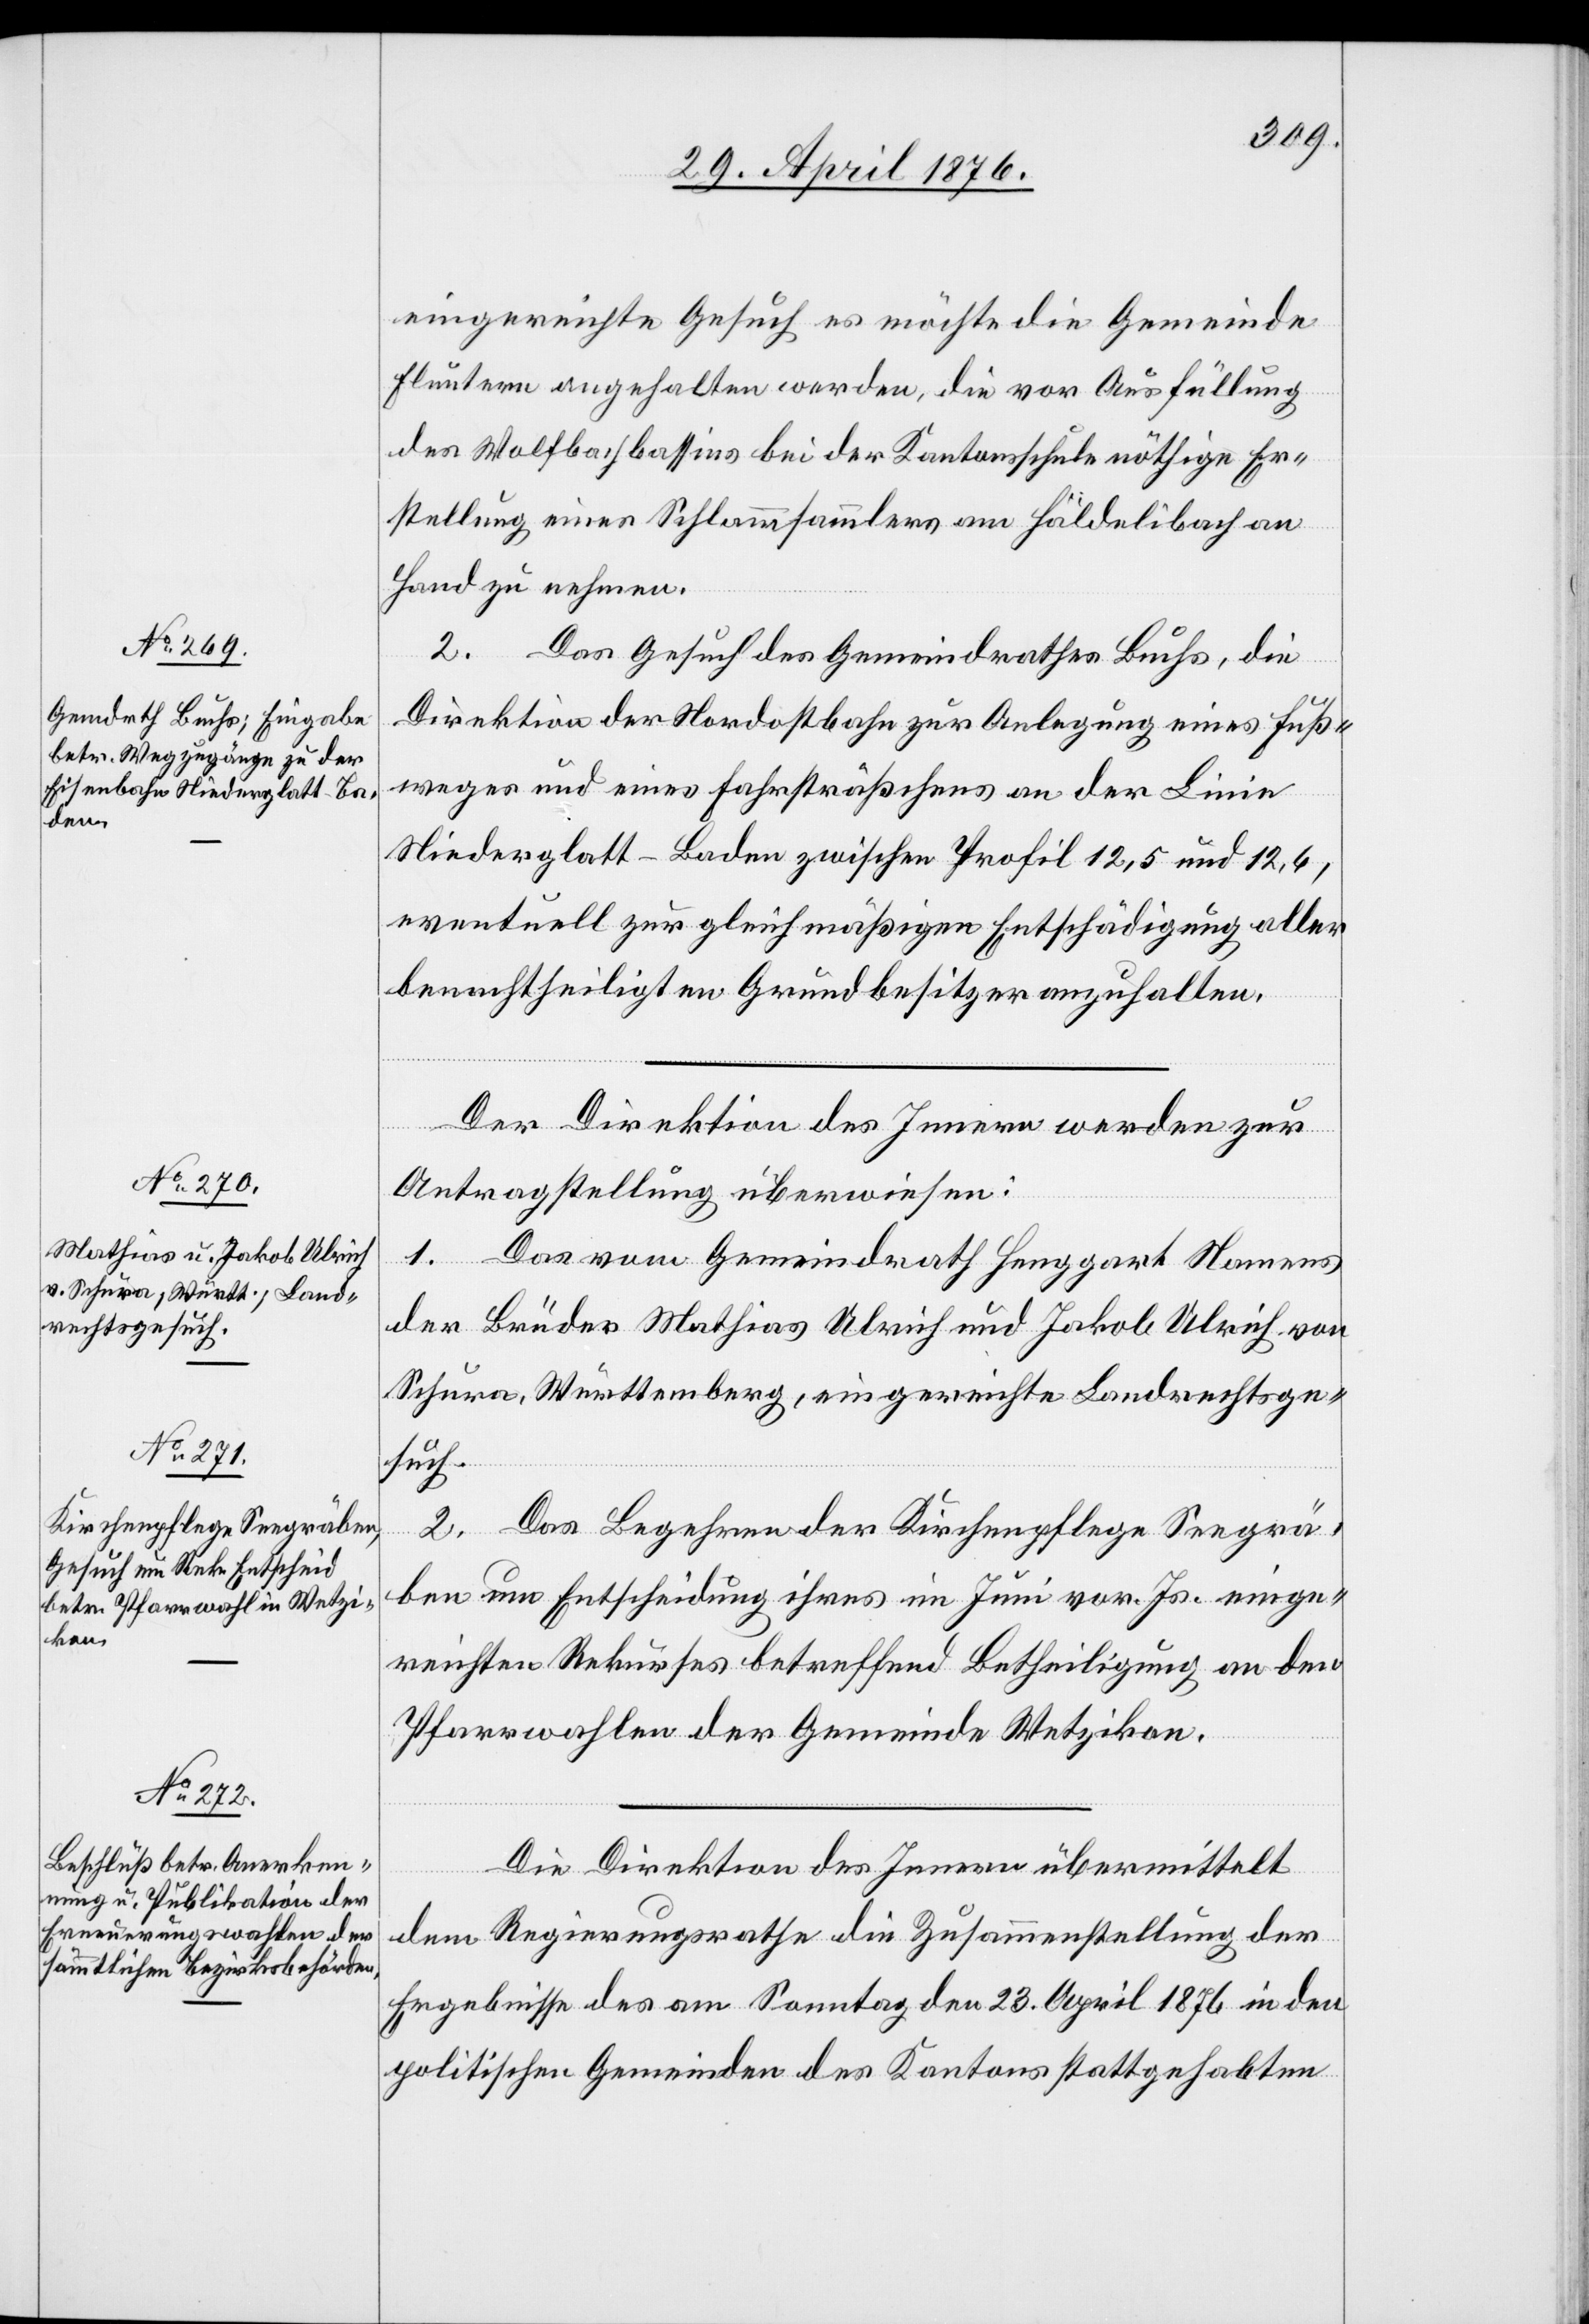
eingereichte Gesuch es möchte die Gemeinde
Fluntern angehalten werden, die vor Ausfüllung
des Wolfbachbassins bei der Kantonsschule nöthige Er¬
stellung eines Schlammsammlers am Häldelibach an
Hand zu nehmen.
2. Das Gesuch des Gemeindrathes Buchs, die
Direktion der Nordostbahn zur Anlegung eines Fuß¬
weges und eines Fahrsträßchens an der Linie
Niederglatt–Baden zwischen Profil 12,5 und 12,6,
eventuell zur gleichmäßigen Entschädigung aller
benachtheiligten Grundstückbesitzer anzuhalten.
Mai
Der Direktion des Innern werden zur
Antragstellung überwiesen:
1. Das vom Gemeindrath Henggart Namens
der Brüder Mathias Ulrich und Jakob Ulrich von
Schura, Württemberg, eingereichte Landrechtsge¬
such.
2. Das Begehren der Kirchenpflege Seegrä¬
ben um Entscheidung ihres im Juni vor. Js. einge¬
reichten Rekurses betreffend Betheiligung an den
Pfarrwahlen der Gemeinde Wetzikon.
Die Direktion des Innern übermittelt
dem Regierungsrathe die Zusammenstellung der
Ergebnisse des am Sonntag den 23. April 1876 in den
politischen Gemeinden des Kantons stattgehabten